Lui_Olesk, lk 16
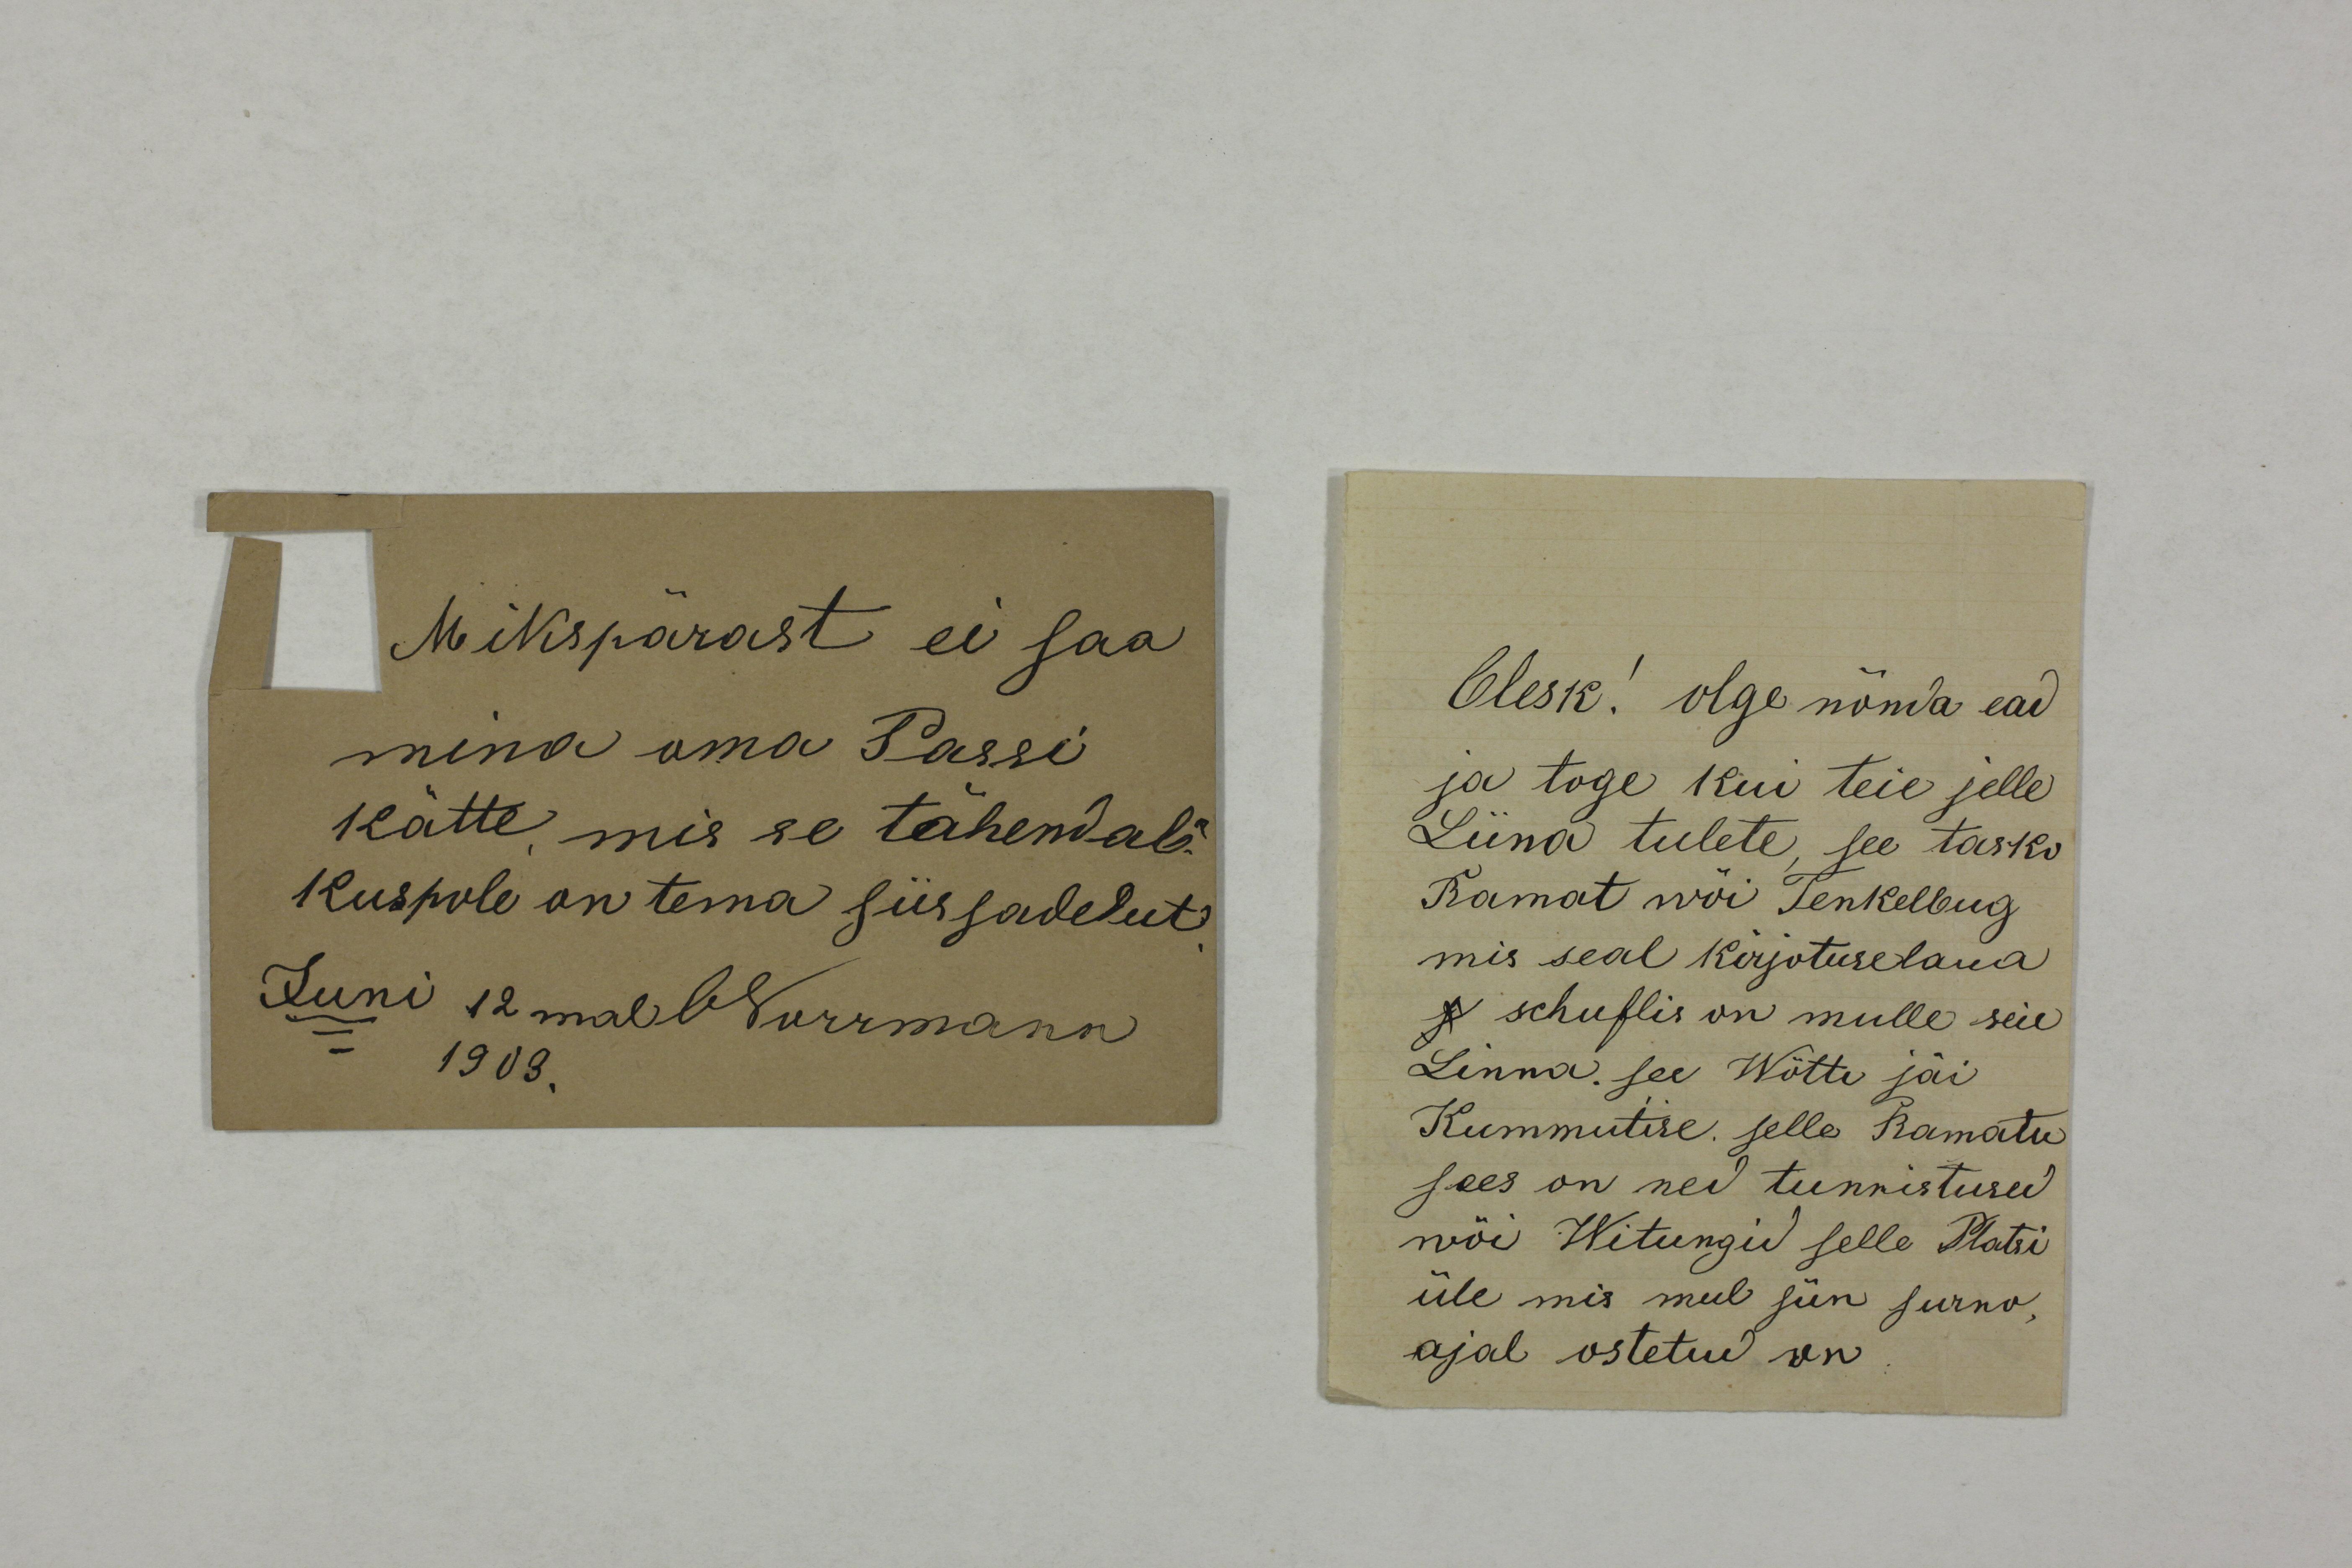
Mikspärast ei saa
mina oma Passi 
kätte, mis se tähendab?
Kuspole on tema siis sadetut.
Juni 12mal ONorrmann
1903.

Olesk! olge nõnda ead
ja toge kui teie jelle
Liina tulete see tasko
Ramat wöi Tenkelbug
mis seal kirjotuslaua
s schuflis on mulle seie
Linna. see Wötti jäi
Kummutise. selle Ramatu
sees on ned tunnistused
wöi Witungid selle Platsi
üle mis mul siin surno-
ajal ostetud on.